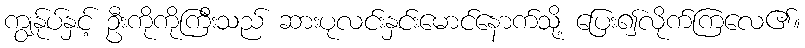
ကျွန်ုပ်နှင့် ဦးကိုကိုကြီးသည် ဆားပုလင်းနှင်းမောင်နောက်သို့ ပြေး၍လိုက်ကြလေ၏။